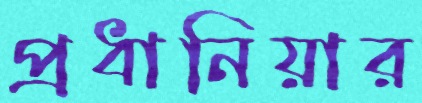
প্রধানিয়ার